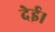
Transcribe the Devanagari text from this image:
देई।